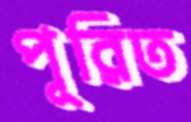
পূরিত